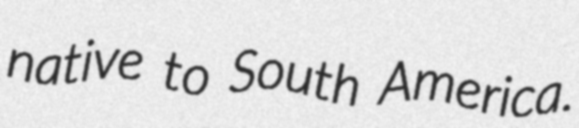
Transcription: native to South America.